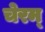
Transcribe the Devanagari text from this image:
चेरम्